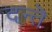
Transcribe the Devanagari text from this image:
दन्तॆ